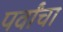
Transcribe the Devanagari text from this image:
पर्वांचा